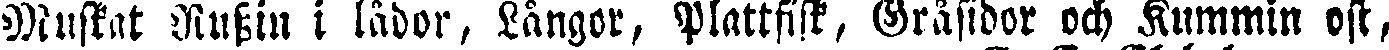
Muskat Russin i lådor, Långor, Plattfisk, Gråsidor och Kummin ost,